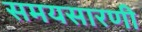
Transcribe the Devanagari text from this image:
समयसारणी